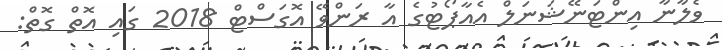
ވެލާނާ އިންޓަނޭޝަނަލް އެއާޕޯޓުގެ އާ ރަންވޭ އޮގަސްޓް 2018 ގައި އޮތް ގޮތް: